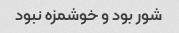
شور بود و خوشمزه نبود